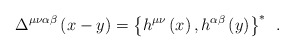
\begin{align*}\Delta^{\mu \nu \alpha \beta }\left( x-y\right) =\left\{ h^{\mu \nu }\left(x\right) ,h^{\alpha \beta }\left( y\right) \right\} ^{*}\;\,.\end{align*}